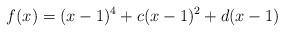
LaTeX: \begin{align*}f(x) = (x-1)^4 + c(x-1)^2 + d(x-1) \end{align*}